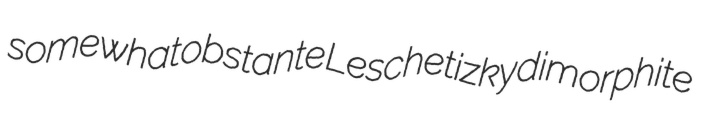
somewhat obstante Leschetizky dimorphite